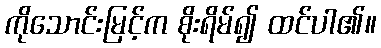
ကိုသောင်းမြင့်က စိုးရိမ်၍ ထင်ပါ၏။